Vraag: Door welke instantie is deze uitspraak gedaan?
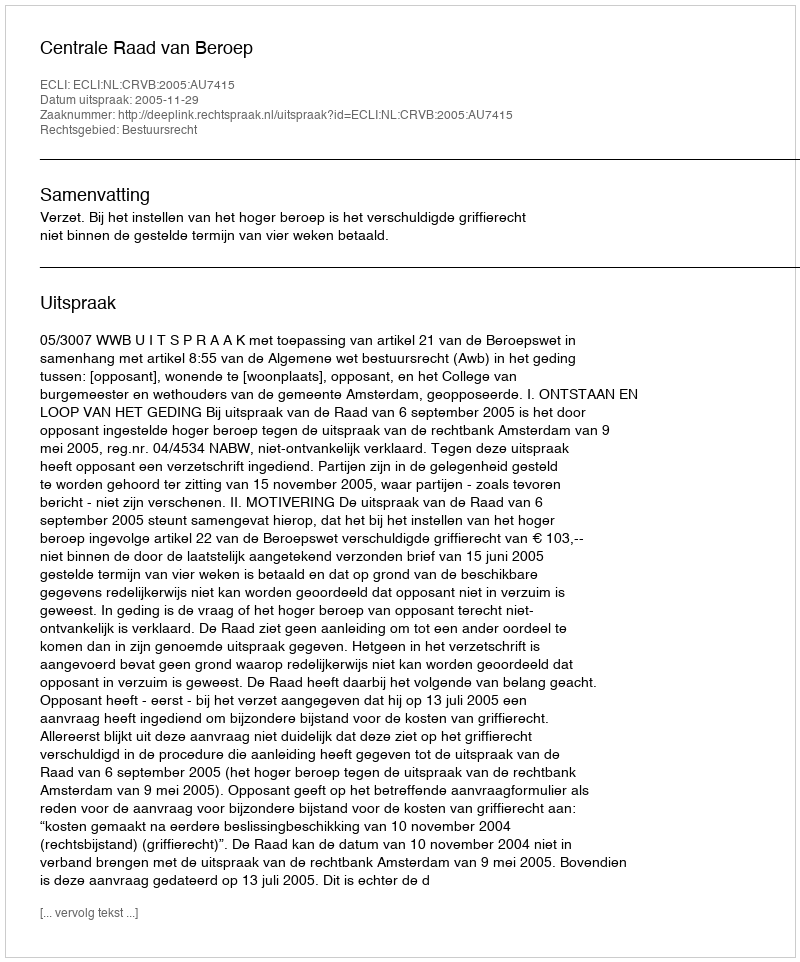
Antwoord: Centrale Raad van Beroep